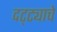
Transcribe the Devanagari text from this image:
दट्ट्याचे